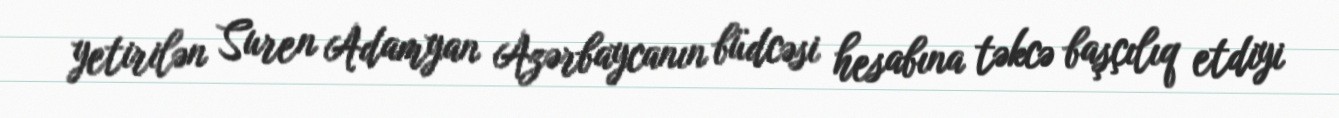
yetirilən Suren Adamyan Azərbaycanın büdcəsi hesabına təkcə başçılıq etdiyi